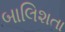
બાલિશતા